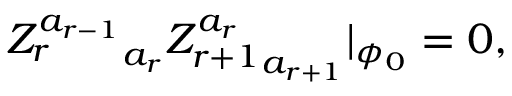
{ Z _ { r } ^ { a _ { r - 1 } } } _ { a _ { r } } { Z _ { r + 1 } ^ { a _ { r } } } _ { a _ { r + 1 } } | _ { \phi _ { 0 } } = 0 ,